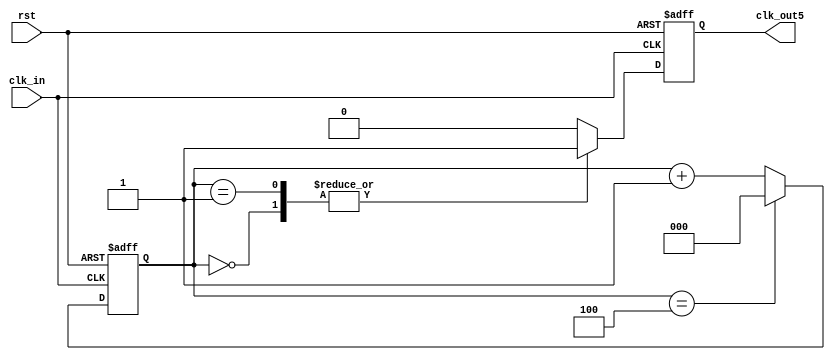
`timescale 1ns/1ns

module odd_div (    
    input     wire rst ,
    input     wire clk_in,
    output    wire clk_out5
);


reg [2:0] cnt;

always @ (posedge clk_in or negedge rst) begin
    if(~rst) begin
        cnt <= 3'b0;
    end

    else begin
        if(cnt == 3'd4) begin
        cnt <= 3'd0;
        end
        else begin
            cnt <= cnt + 3'd1;
        end
    end
end


reg clk_out5_r;
always @ (posedge clk_in or negedge rst) begin
    if(~rst) begin 
        clk_out5_r <= 3'b0;
    end
    else begin
        case( cnt )
            3'd0 : clk_out5_r <= 1'b1;
            3'd1 : clk_out5_r <= 1'b1;
            3'd2 : clk_out5_r <= 1'b0; 
            3'd3 : clk_out5_r <= 1'b0; 
            3'd4 : clk_out5_r <= 1'b0; 
            default : 
            clk_out5_r <= 1'b0;
        endcase
    end
end
assign clk_out5 = clk_out5_r;

endmodule